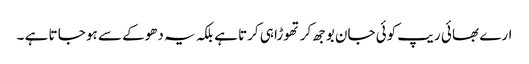
ارے بھا ئی ریپ کوئی جان بوجھ کر تھوڑا ہی کرتا ہے بلکہ یہ دھوکے سے ہو جا تا ہے ۔